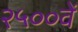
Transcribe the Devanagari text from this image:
२५००वें